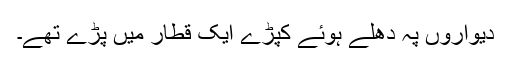
دیواروں پہ دھلے ہوئے کپڑے ایک قطار میں پڑے تھے۔